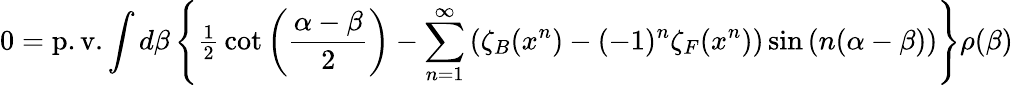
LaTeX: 0=\mathrm{p.v.}\int{d\beta}\left\{ {{\textstyle{\frac{1}{2}}}\cot\left({{\frac{\alpha-\beta}{2}}}\right)-\sum_{n=1}^{\infty}{\left({\zeta_{B}(x^{n})-(-1)^{n}\zeta_{F}(x^{n})}\right)\sin\left({n(\alpha-\beta)}\right)}}\right\} \rho(\beta)